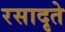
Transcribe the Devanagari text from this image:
रसादृते